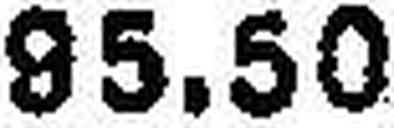
95.50